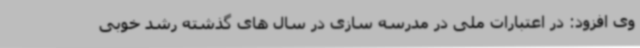
وی افزود: در اعتبارات ملی در مدرسه سازی در سال های گذشته رشد خوبی